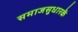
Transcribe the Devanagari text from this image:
समाजसुधारकें